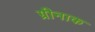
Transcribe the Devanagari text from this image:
ग्रीनाक